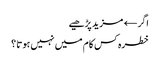
اگر← مزید پڑھیے
خطرہ کس کام میں نہیں ہوتا ؟